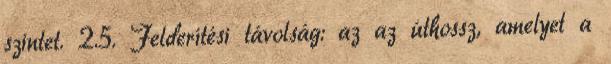
szintet. 2.5. Felderítési távolság: az az úthossz, amelyet a